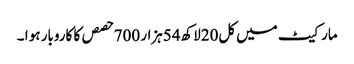
مارکیٹ میں کل20لاکھ54ہزار 700حصص کا کاروبار ہو ا ۔